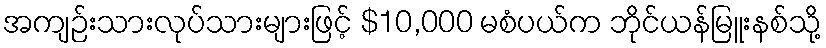
အကျဉ်းသားလုပ်သားများဖြင့် $10,000 မစံပယ်က ဘိုင်ယန်မြူးနစ်သို့